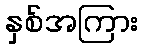
နှစ်အကြား